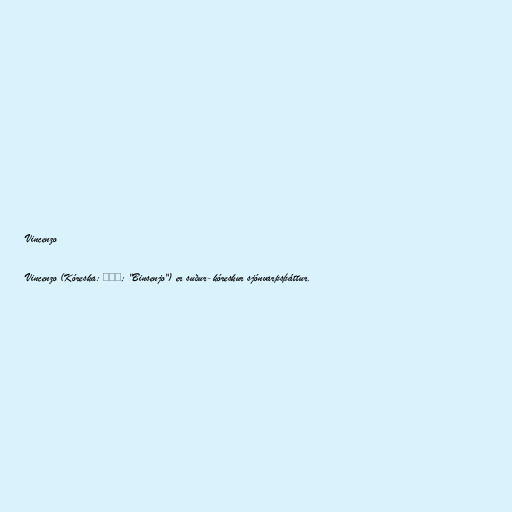
Vincenzo

Vincenzo (Kóreska: 빈센조; "Binsenjo") er suður-kóreskur sjónvarpsþáttur.